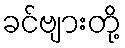
ခင်ဗျားတို့